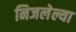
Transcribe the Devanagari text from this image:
निजलेल्या